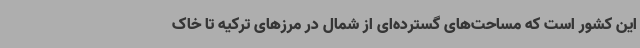
این کشور است که مساحت‌های گسترده‌ای از شمال در مرزهای ترکیه تا خاک